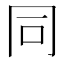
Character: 同